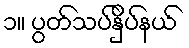
၁။ ပွတ်သပ်နှိပ်နယ်